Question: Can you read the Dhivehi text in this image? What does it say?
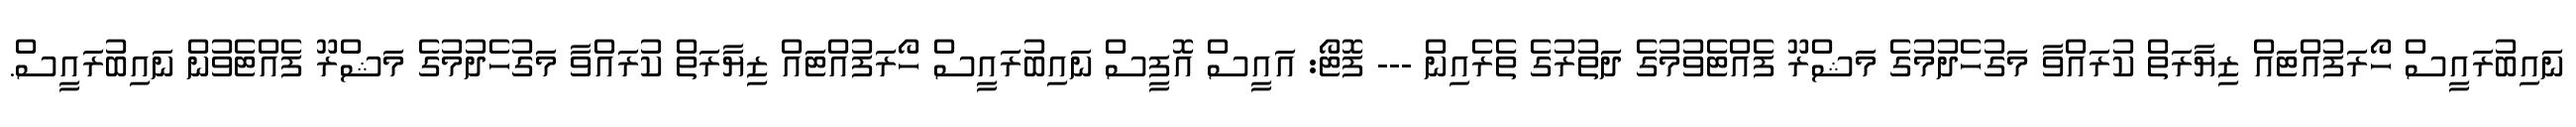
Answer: ނައިބުރައީސް ހޯރަފުއްޓައް ޒިޔާރަތް ކުރައްވާ މަގުހެދުމުގެ މަޝްރޫ ފެއްޓެވުމުގެ ދަތުރުގެ ތެރެއިން --- ފޮޓޯ: އައީސް އޮފީސް ނައިބުރައީސް ހޯރަފުއްޓައް ޒިޔާރަތް ކުރައްވާ މަގުހެދުމުގެ މަޝްރޫ ފެއްޓެވުން ނައިބުރައީސް.